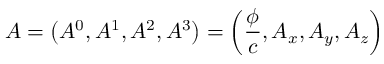
A = \left( A ^ { 0 } , A ^ { 1 } , A ^ { 2 } , A ^ { 3 } \right) = \left( { \frac { \phi } { c } } , A _ { x } , A _ { y } , A _ { z } \right)